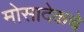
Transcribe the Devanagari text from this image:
मोसादेकचे